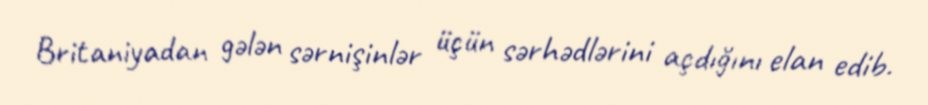
Britaniyadan gələn sərnişinlər üçün sərhədlərini açdığını elan edib.